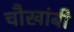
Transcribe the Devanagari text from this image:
चौखांबी